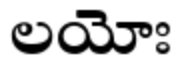
లయోః